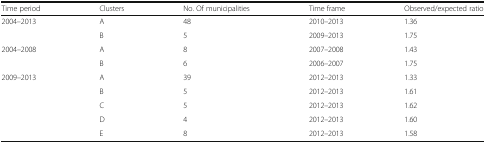
<table><thead><tr><td><b>Time period</b></td><td><b>Clusters</b></td><td><b>No. Of municipalities</b></td><td><b>Time frame</b></td><td><b>Observed/expected ratio</b></td></tr></thead><tbody><tr><td rowspan="2">2004–2013</td><td>A</td><td>48</td><td>2010–2013</td><td>1.36</td></tr><tr><td>B</td><td>5</td><td>2009–2013</td><td>1.75</td></tr><tr><td rowspan="2">2004–2008</td><td>A</td><td>8</td><td>2007–2008</td><td>1.43</td></tr><tr><td>B</td><td>6</td><td>2006–2007</td><td>1.75</td></tr><tr><td rowspan="5">2009–2013</td><td>A</td><td>39</td><td>2012–2013</td><td>1.33</td></tr><tr><td>B</td><td>5</td><td>2012–2013</td><td>1.61</td></tr><tr><td>C</td><td>5</td><td>2012–2013</td><td>1.62</td></tr><tr><td>D</td><td>4</td><td>2012–2013</td><td>1.60</td></tr><tr><td>E</td><td>8</td><td>2012–2013</td><td>1.58</td></tr></tbody></table>